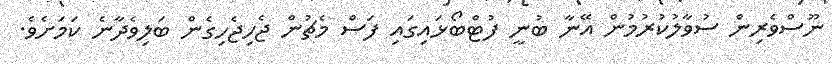
ނޫސްވެރިން ސުވާލުކުރުމުން އޭނާ ބުނީ ފުޓްބޯޅައިގައި ފަސް މެޗުން ޖެހިޖެހިގެން ބަލިވެދާނެ ކަމަށެވެ.